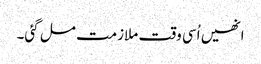
انھیں اُسی وقت ملازمت مل گئی۔